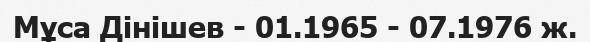
Мұса Дінішев - 01.1965 - 07.1976 ж.